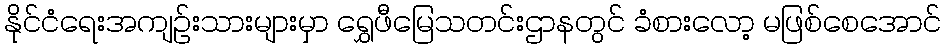
နိုင်ငံရေးအကျဉ်းသားများမှာ ရွှေဖီမြေသတင်းဌာနတွင် ခံစားလော့ မဖြစ်စေအောင်